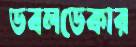
ডবলডেকার